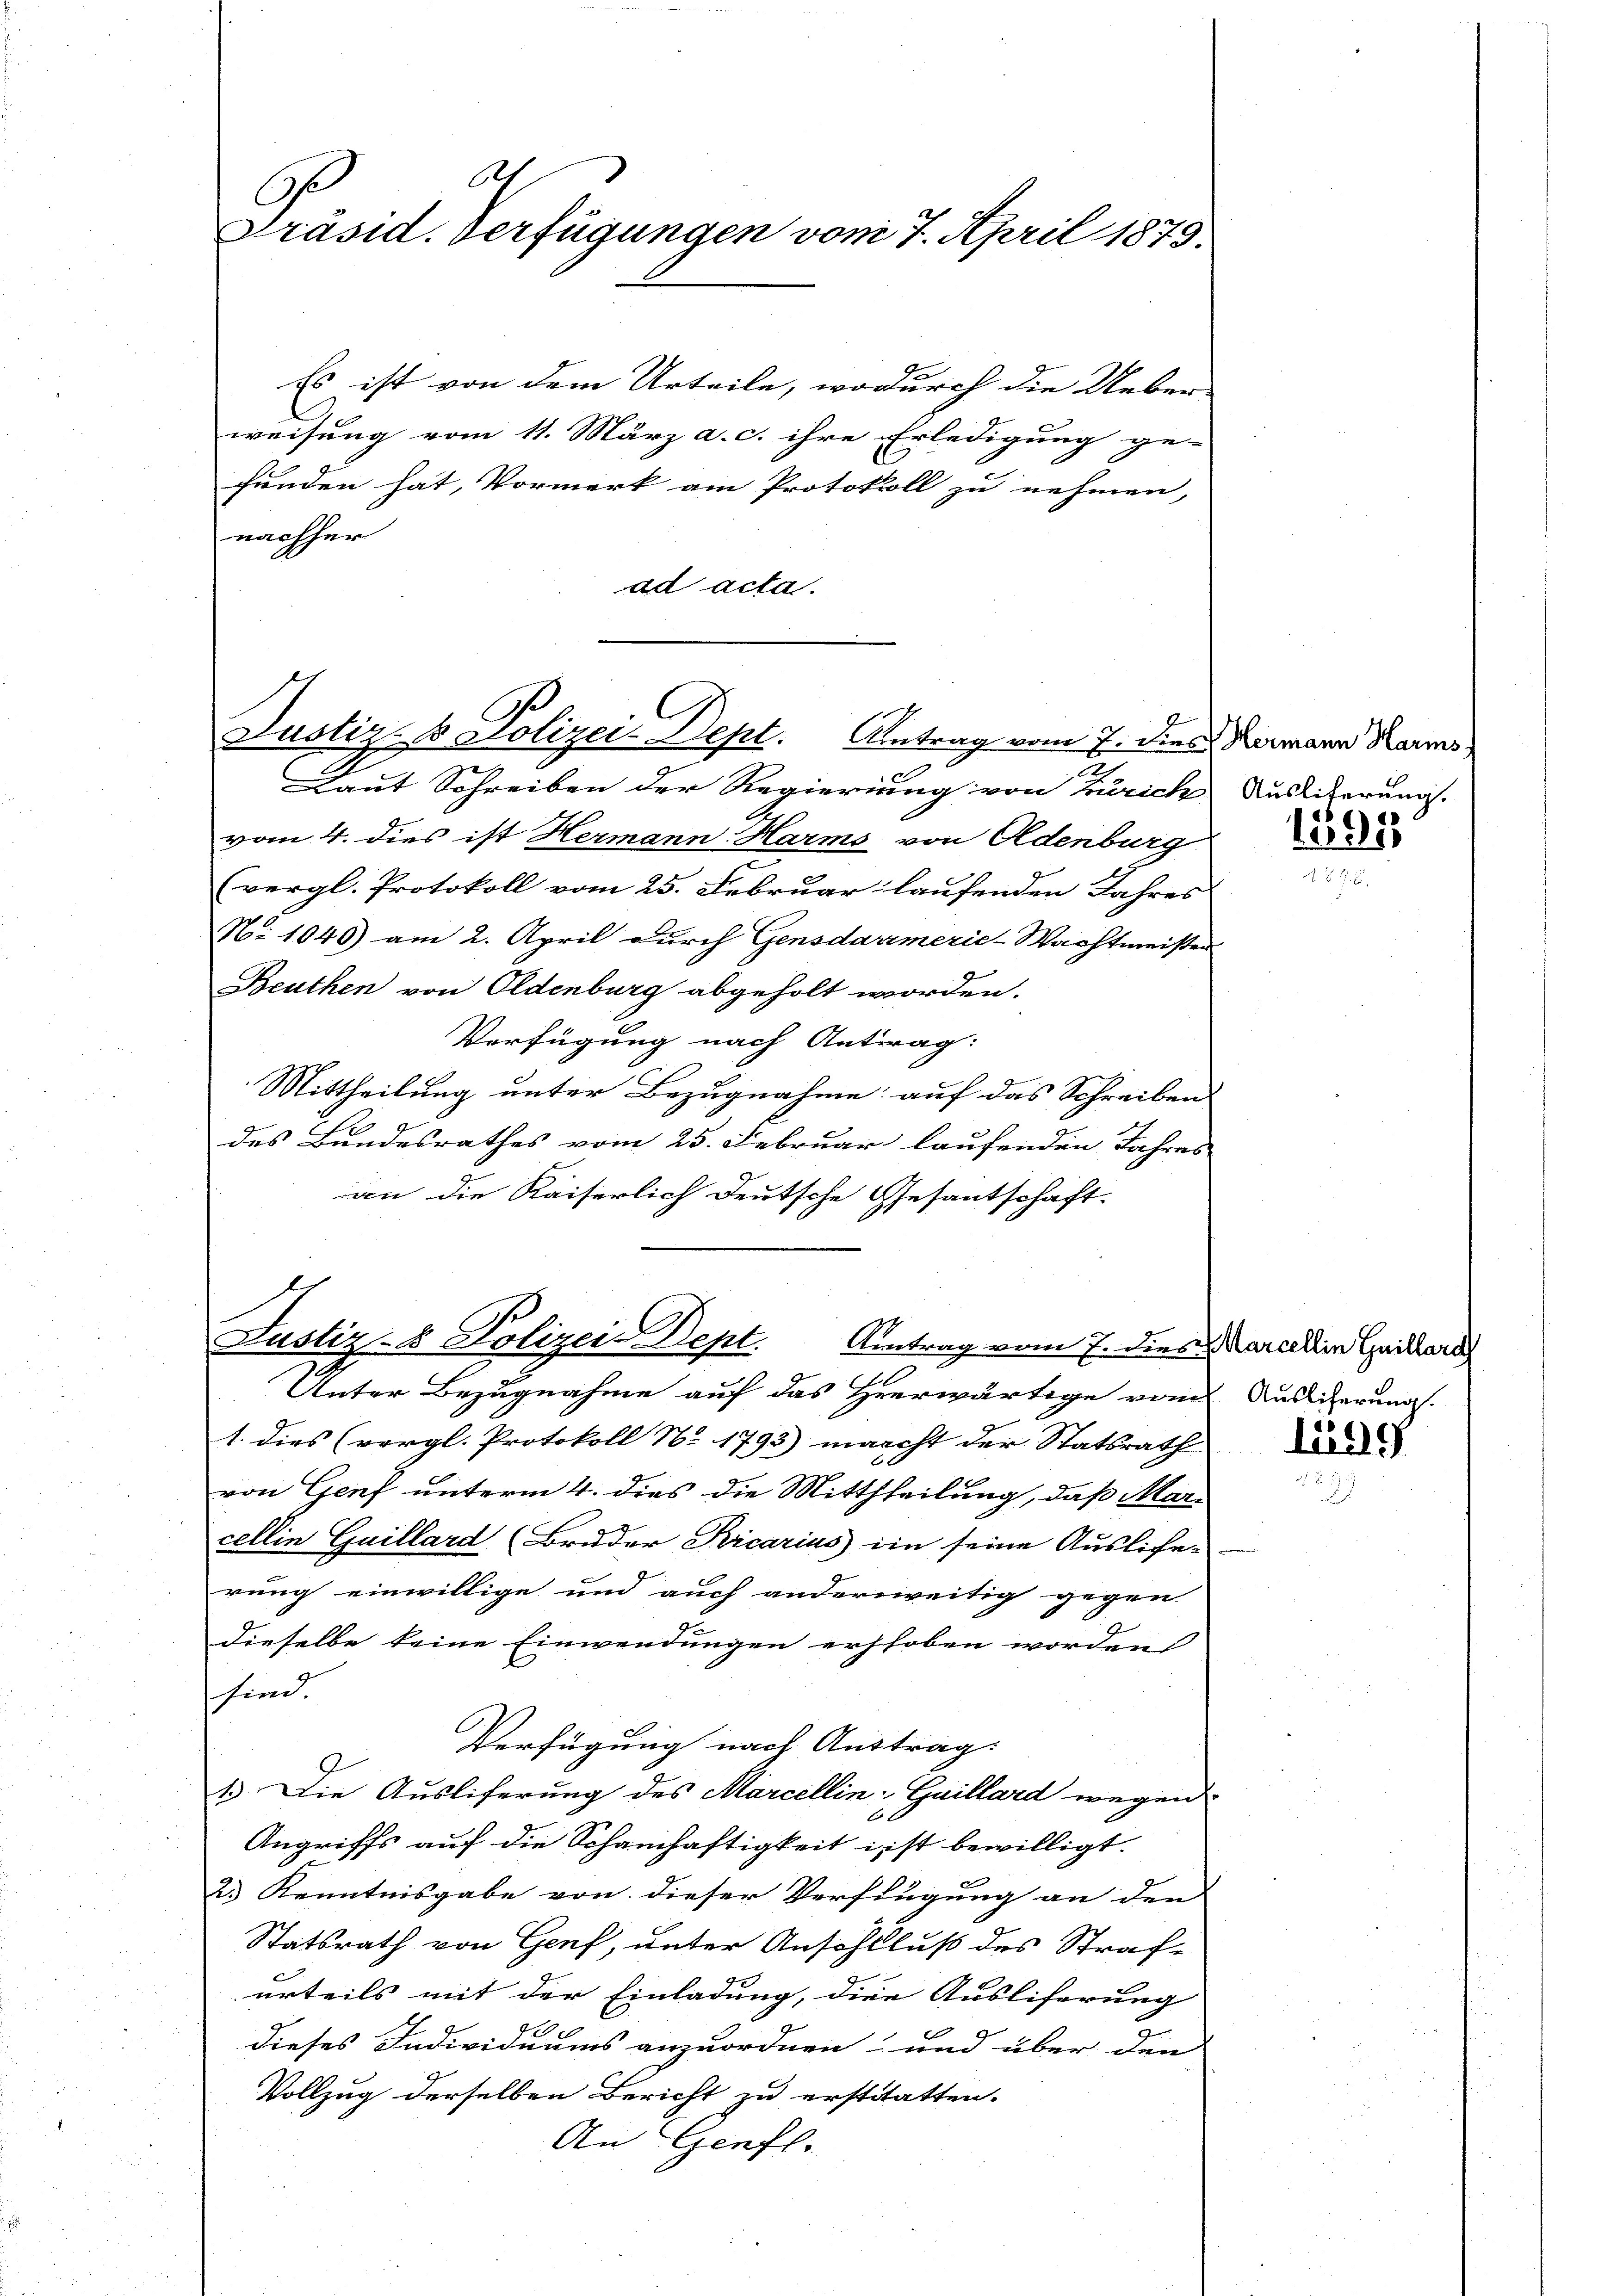
beh
.
Präsid. Verfügungen vom 7. April 1879.

Es ist von dem Urteile, wodurch die Ueber
weisung vom 11. März a. c. ihre Erledigung ge- |
funden hat, Vormerk am Protokoll zu nehmen,
nachher
ad acta.

Justiz- & Polizei-Dept. Antrag vom 7. dies Hermann Raums,
2
0

Laut Schreiben der Regierung von Zürich Ausliterung.
vom 4. dies ist Hermann Harms von Oldenburg
(vergl. Protokoll vom 25. Februar laufenden Jahres
N. 1040) am 2. April durch Gensdarmerie-Wachtmeister
Beuthen von Oldenburg abgeholt worden.
Verfügung nach Antrag:
Mittheilung unter Bezugnahme auf das Schreiben
des Bundesrathes vom 25. Februar laufenden Jahres
an die Kaiserlich deutsche Gesantschaft.
Unter Bezugnahme auf das Heerwärtige vom Auslicherung.
1. dies (vergl. Protokoll No 1793) macht der Statsrath
von Genf unterm 4. dies die Mittheilung, daß Marcellin Guillard (Bruder Kicarius ein seine Auslicherung einwillige und auch anderweitig gegen
dieselbe keine Einwendungen erhoben worden
sind.
Verfügung nach Austrag.
G.
1.) Die Ausliferung des Marcellin-Gaillard wegen.
Angriffs auf die Schamhaftigkeit i ist bewilligt.
23 Kenntnisgabe von dieser Verfügung an den
Stätsrath von Genf, unter Anschluß des Strafurteils mit der Einladung, die Ausliferung
h
dieses Individuums anzuordnen, und über den
Vollzug derselben Bericht zu erstitatten.
An Genfl.

Justiz- & Polizei Dept. Antrag vom 7. dies Marcellein Guillard
6

1595

Lede